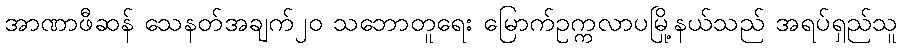
အာဏာဖီဆန် သေနတ်အချက်၂၀ သဘောတူရေး မြောက်ဥက္ကလာပမြို့နယ်သည် အရပ်ရှည်သူ